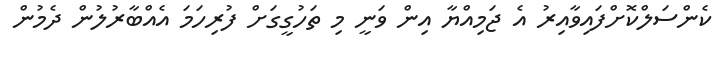
ކެންސަލްކޮށްފައިވާއިރު އެ ޖަމިއްޔާ އިން ވަނީ މި ތަހުގީގަށް ފުރިހަމަ އެއްބާރުލުން ދެމުން